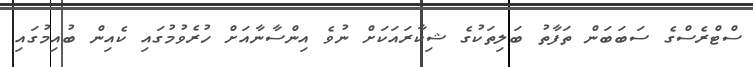
ސްޓްރެސްގެ ސަބަބަން ތަފާތު ބަލިތަކުގެ ޝިކާރައަކަށް ނުވެ އިންސާނާއަށް ހުރެވުމުގައި ކެއިން ބުއިމުގައި